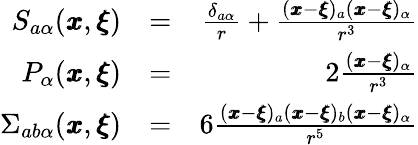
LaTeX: \begin{array}{rlr}{S_{a\alpha}({\pmb x},{\pmb\xi})}&{=}&{\frac{\delta_{a\alpha}}{r}+\frac{({\pmb x}-{\pmb\xi})_{a}({\pmb x}-{\pmb\xi})_{\alpha}}{r^{3}}}\\ {P_{\alpha}({\pmb x},{\pmb\xi})}&{=}&{2\frac{({\pmb x}-{\pmb\xi})_{\alpha}}{r^{3}}}\\ {\Sigma_{ab\alpha}({\pmb x},{\pmb\xi})}&{=}&{6\frac{({\pmb x}-{\pmb\xi})_{a}({\pmb x}-{\pmb\xi})_{b}({\pmb x}-{\pmb\xi})_{\alpha}}{r^{5}}}\end{array}